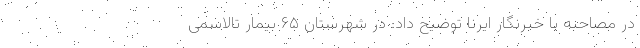
در مصاحبه با خبرنگار ایرنا توضیح داد: در شهرستان ۶۵ بیمار تالاسمی